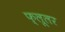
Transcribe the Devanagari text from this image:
फ्लूलर